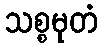
သစ္စမုတံ